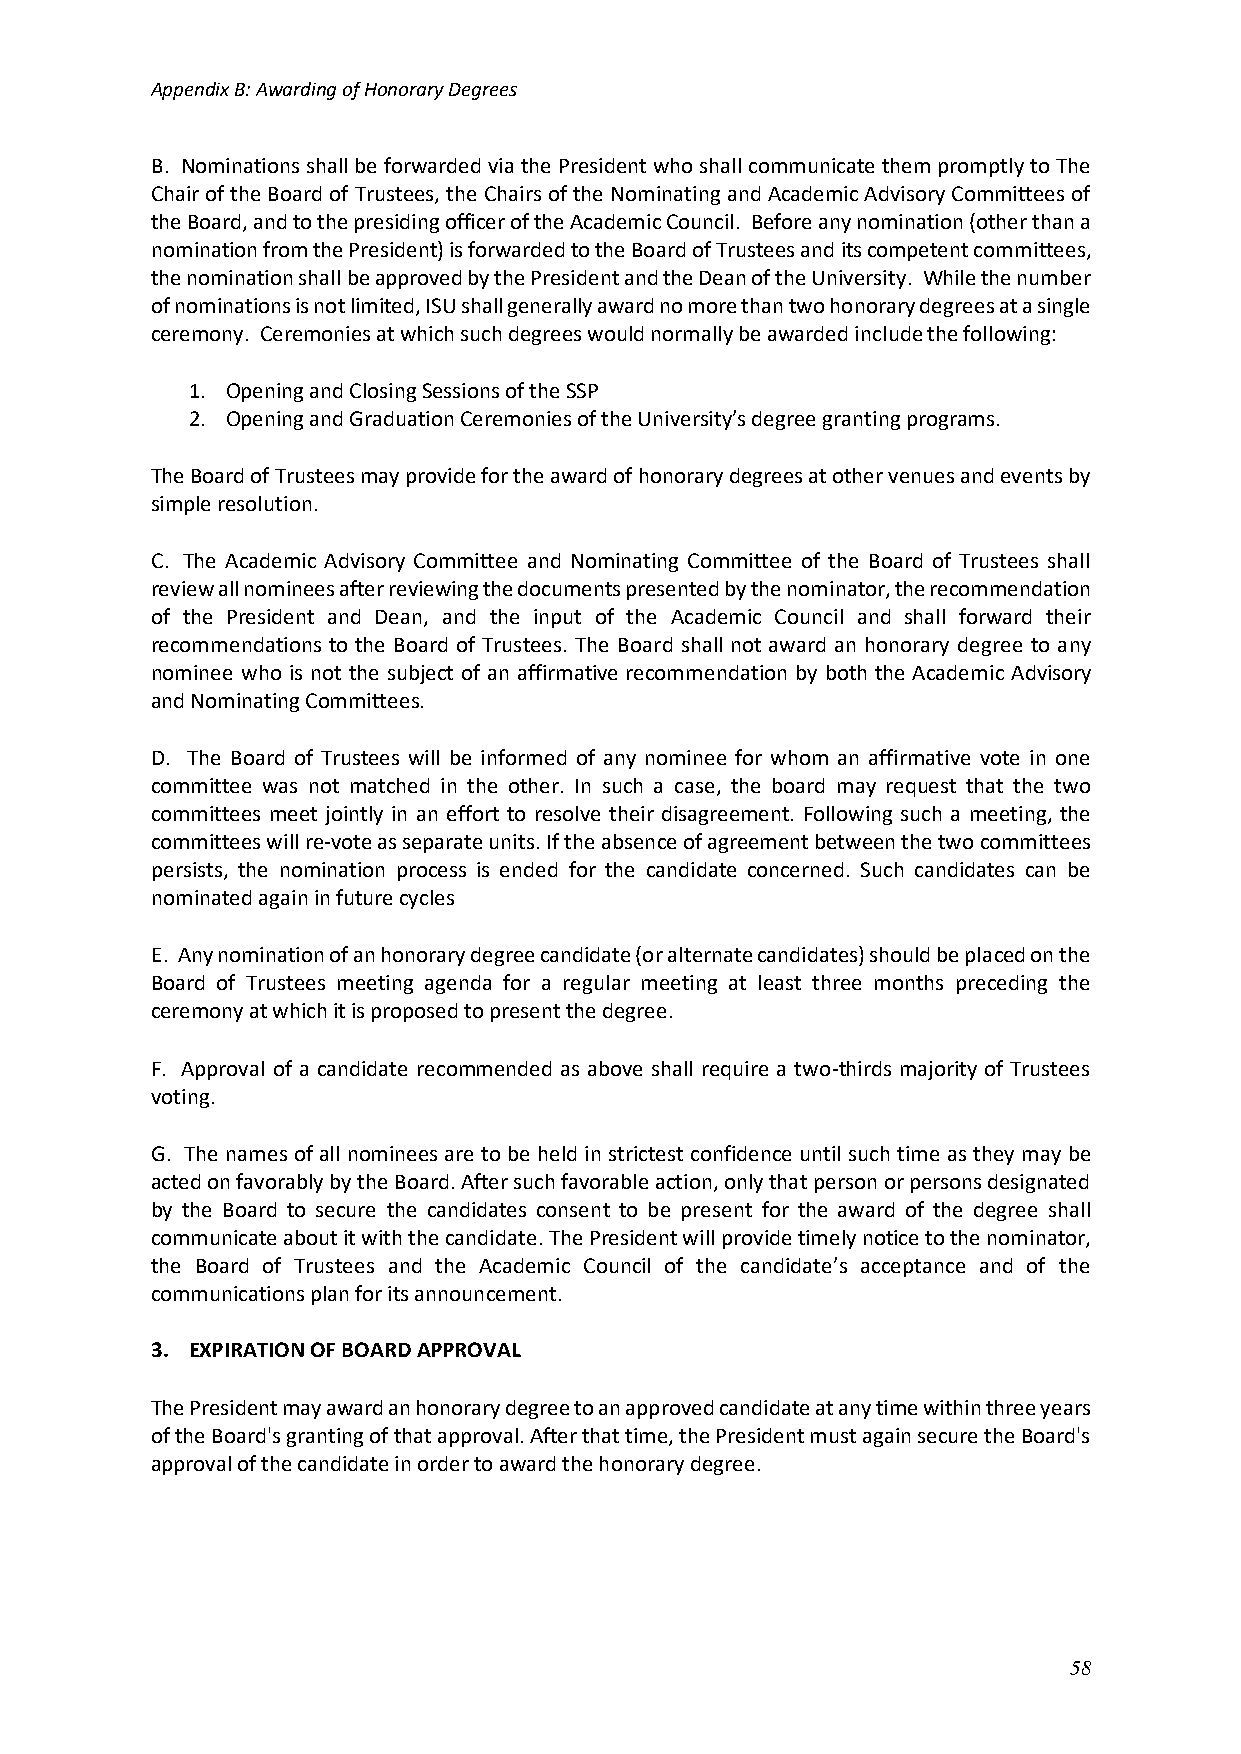
Appendix B: Awarding of Honorary Degrees
 B. Nominations shall be forwarded via the President who shall communicate them promptly to The
 Chair of the Board of Trustees, the Chairs of the Nominating and Academic Advisory Committees of
 the Board, and to the presiding officer of the Academic Council. Before any nomination (other than a
 nomination from the President) is forwarded to the Board of Trustees and its competent committees,
 the nomination shall be approved by the President and the Dean of the University. While the number
 of nominations is not limited, ISU shall generally award no more than two honorary degrees at a single
 ceremony. Ceremonies at which such degrees would normally be awarded include the following:
 1. Opening and Closing Sessions of the SSP
 2. Opening and Graduation Ceremonies of the University’s degree granting programs.
 The Board of Trustees may provide for the award of honorary degrees at other venues and events by
 simple resolution.
 C. The Academic Advisory Committee and Nominating Committee of the Board of Trustees shall
 review all nominees after reviewing the documents presented by the nominator, the recommendation
 of the President and Dean, and the input of the Academic Council and shall forward their
 recommendations to the Board of Trustees. The Board shall not award an honorary degree to any
 nominee who is not the subject of an affirmative recommendation by both the Academic Advisory
 and Nominating Committees.
 D. The Board of Trustees will be informed of any nominee for whom an affirmative vote in one
 committee was not matched in the other. In such a case, the board may request that the two
 committees meet jointly in an effort to resolve their disagreement. Following such a meeting, the
 committees will re-vote as separate units. If the absence of agreement between the two committees
 persists, the nomination process is ended for the candidate concerned. Such candidates can be
 nominated again in future cycles
 E. Any nomination of an honorary degree candidate (or alternate candidates) should be placed on the
 Board of Trustees meeting agenda for a regular meeting at least three months preceding the
 ceremony at which it is proposed to present the degree.
 F. Approval of a candidate recommended as above shall require a two-thirds majority of Trustees
 voting.
 G. The names of all nominees are to be held in strictest confidence until such time as they may be
 acted on favorably by the Board. After such favorable action, only that person or persons designated
 by the Board to secure the candidates consent to be present for the award of the degree shall
 communicate about it with the candidate. The President will provide timely notice to the nominator,
 the Board of Trustees and the Academic Council of the candidate’s acceptance and of the
 communications plan for its announcement.
 3. EXPIRATION OF BOARD APPROVAL
 The President may award an honorary degree to an approved candidate at any time within three years
 of the Board's granting of that approval. After that time, the President must again secure the Board's
 approval of the candidate in order to award the honorary degree.
 58